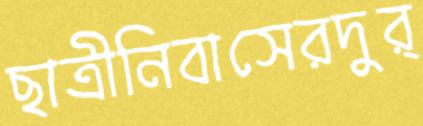
ছাত্রীনিবাসেরদুর্